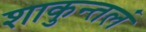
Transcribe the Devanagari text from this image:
शाकुन्तलं